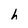
Character: h